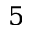
5